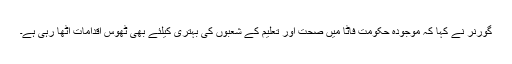
گورنر نے کہا کہ موجودہ حکومت فاٹا میں صحت اور تعلیم کے شعبوں کی بہتری کیلئے بھی ٹھوس اقدامات اٹھا رہی ہے۔